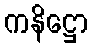
ကနိဋ္ဌော